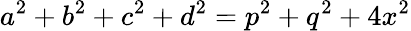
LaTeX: a^{2}+b^{2}+c^{2}+d^{2}=p^{2}+q^{2}+4x^{2}